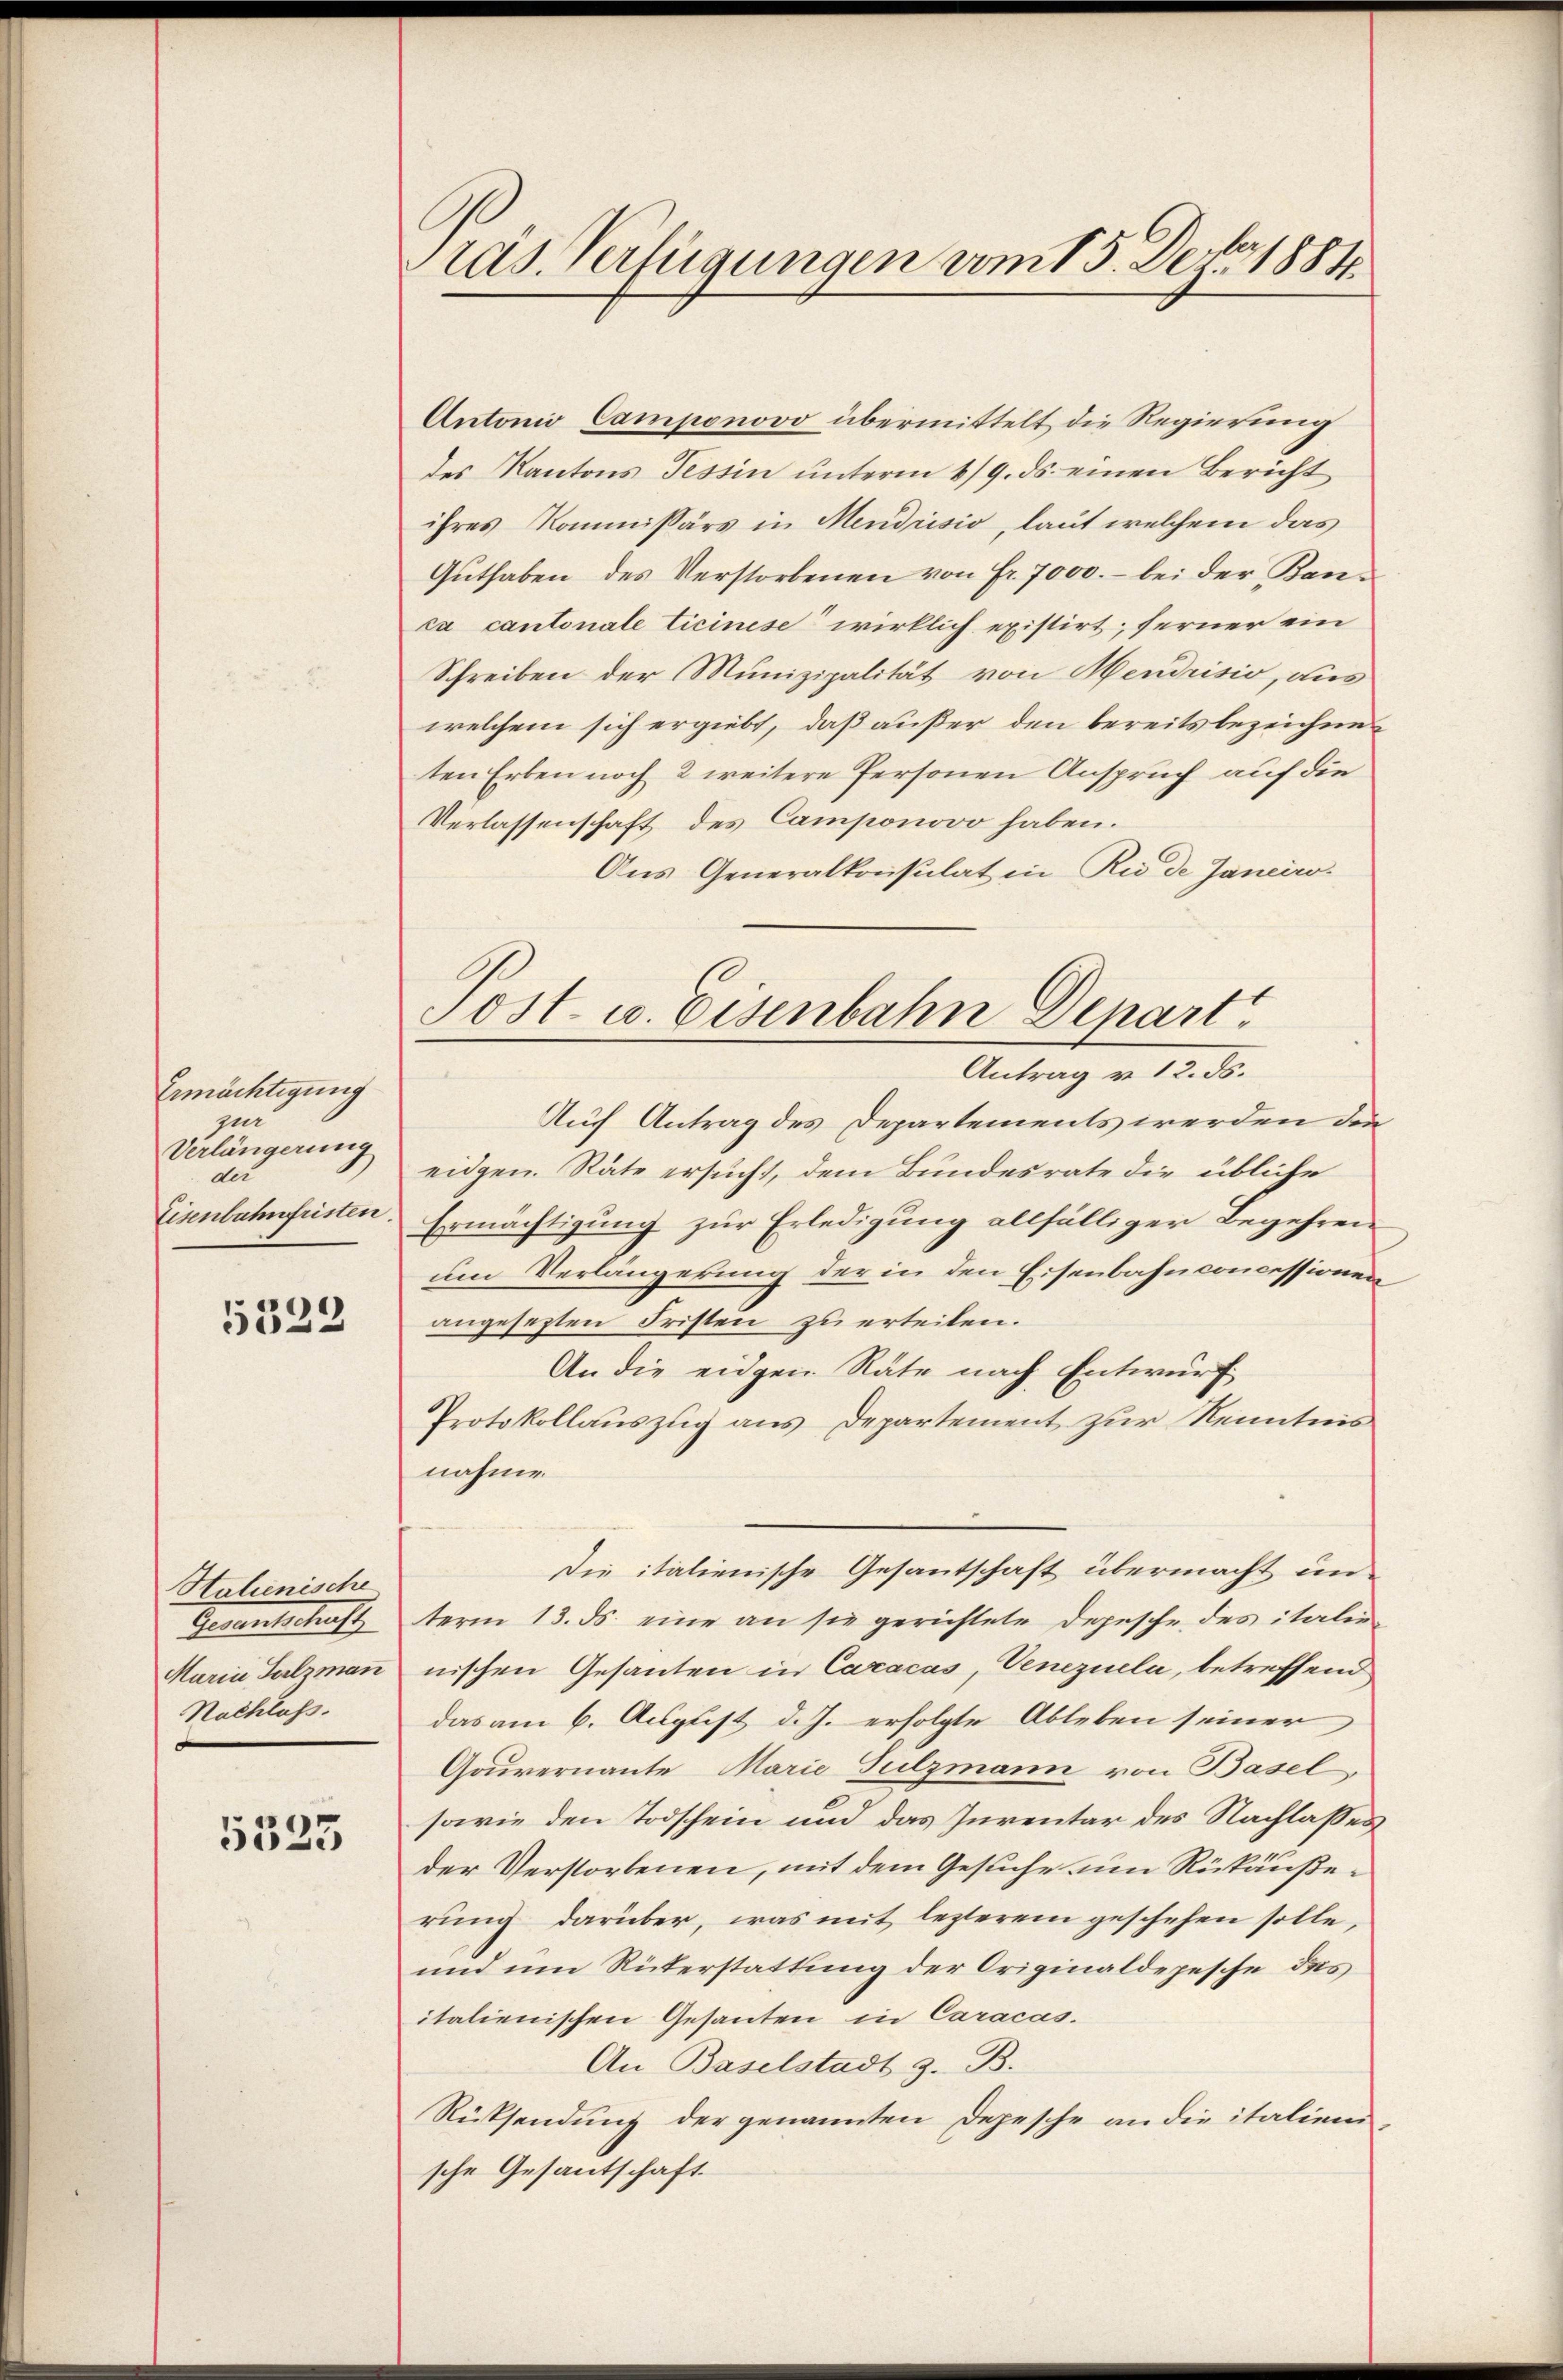
Ermächtigung
zur
Verlängerung
der
Eisenbahnfristen.

)
533.

Htalienische
Gautschaf
Maria Salzman
Nachlaß.

5323

Pras. Verfügungen vom 15. Dez. 1884.

Antonio Camponovo übermittelt die Regierung
des Kantons Tessin ŭnterm 1/9. ds. einen Bericht
ihres Kommissärs in Mendrisio, laut welchem das
Gŭthaben des Verstorbenen von fr. 7000.- bei der Banca cantonale Ticinise“ wirklich existirt; ferner ein
Schreiben der Munizipalität von Hendrisio, aus
welchem sich ergiebt, daß außer den bereits bezeichneten Erben noch 2 weitere Personen Anspruch auf die
Verlassenschaft des Camponovo haben.
Aus Generalkonsulat in Rio de Janciw.
Auch Antrag des Departements werden den
eidgen. Räte ersucht, dem Bundesrate die übliche
Ermächtigung zur Erledigung allfälliger Begehren
um Verlangekung der in den Eisenbahnconcessionen
angesezten Fristen zu erteilen.
An die eidgen Räte nach Entwurf
Protokollauszug aus Departement zur Kenntnis
nahme
Die italienische Gesantschaft übermacht un
term 13. ds. eine an sie gerichtete Depesche des italie
nischen Gesanten in Caracas, Venezuela, betreffend
das am 6. August d. J. erfolgte Ableben seiner
Gouvernante Marie Sulzmann von Basel,
sowie den Todschein und das Jurentar des Nachlasses
der Verstorbenen, mit dem Gesuche um Rükäußerung darüber, was mit lezterem geschehen solle,
und um Rükerstattung der Originaldepesche des
italienischen Gesanten in Caracas.
An Baselstadt z. B.
Rücksendung der genannten Depesche an die italien
sche Gesantschaft.

Post- u. Eisenbahn Depart
Antrag v. 12. ds.